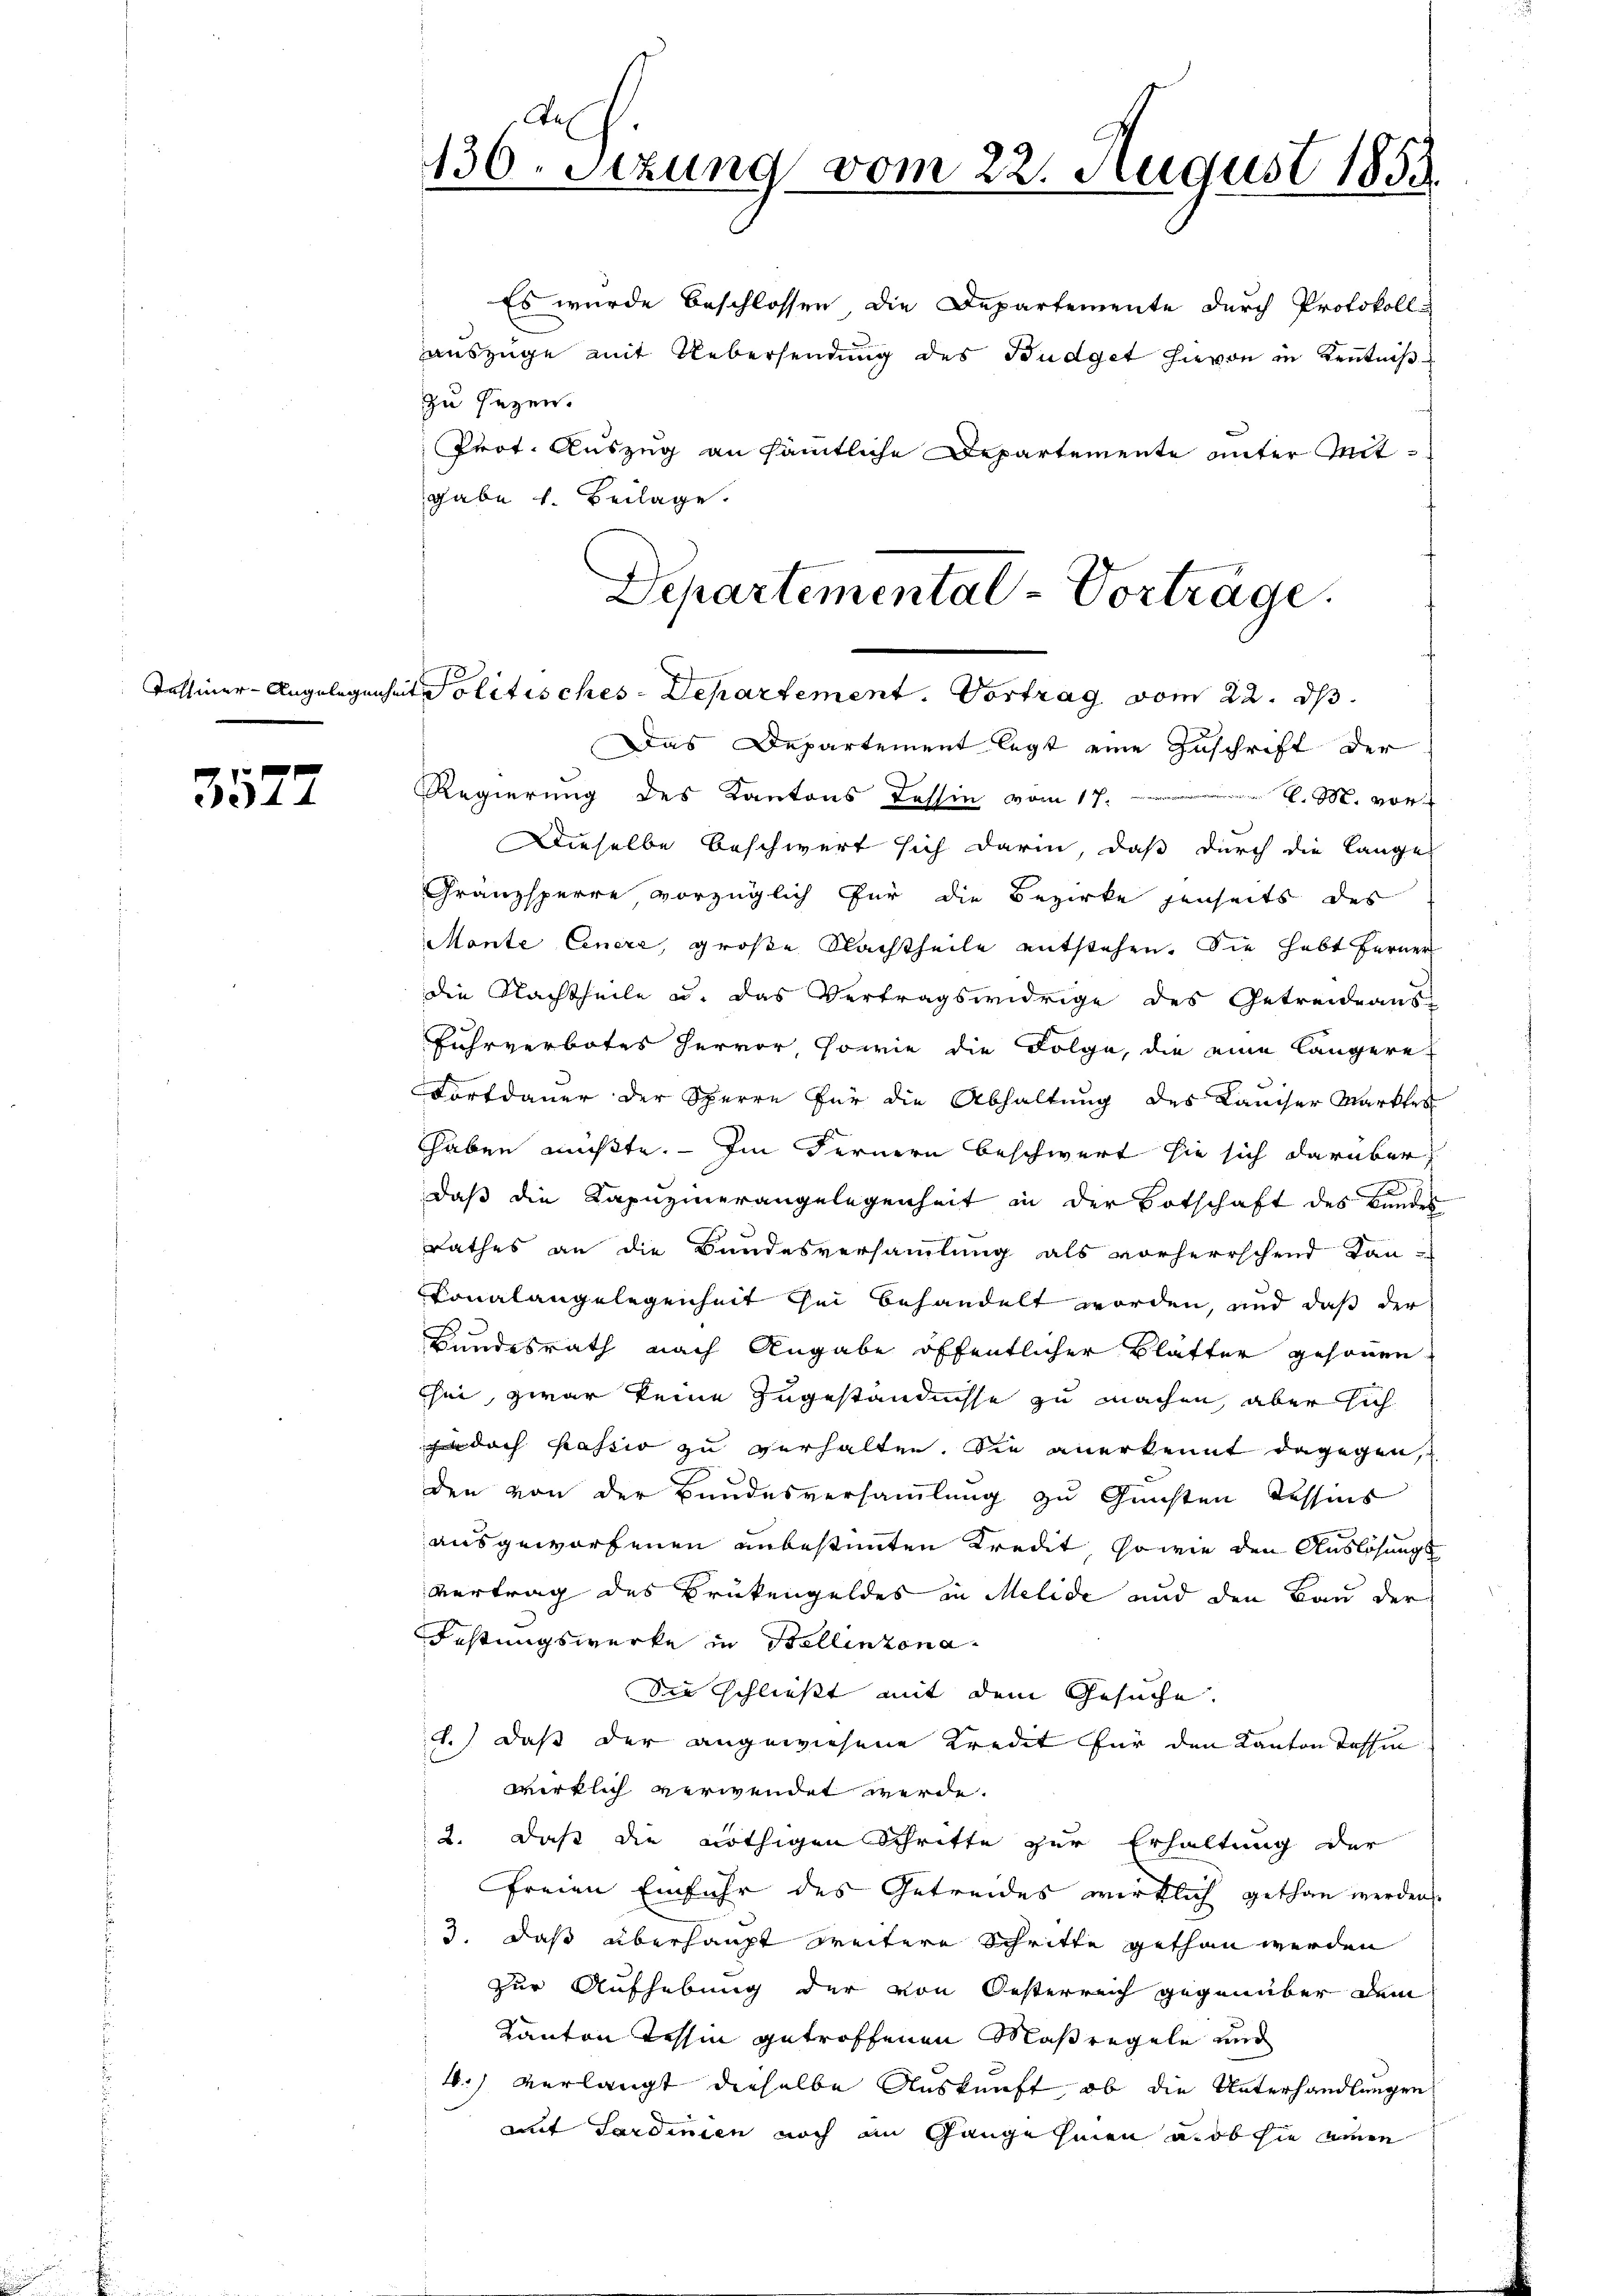
Talhier-Angelege

3577

zu sezen.
Prot. Auszug an sämtliche Departemente unter Mit-
gabe 1. Beilage.

Aex
136. Sizung vom 22. August 1853.

Departemental-Vorträge.
chet Politisches-Departement. Vortrag vom 22. ds.

Das Departement legt eine Zuschrift der
Regierung des Kantons Tessin vom 17. M. M. vor
Dieselbe beschwert sich darin, daß durch die lange
Granzsperre vorzüglich für die Bezirke jenseits des
Monte Einere, große Nachtheile entstehen. Sie habt ferner
die Nachtheile u. das Vertragswidrige des Getreideaus
Fuhrverbotes hervor sowie die Folge, die eine längere
Fortdauer der Sperre für die Abhaltung des Lander Marktre
haben mußte. — Im Fernern beschwert sie sich darüber
daß die Kapuzinerangelegenheit in der Botschaft des Bundes
Rathes an die Bundesversammlung als vorherrschend Kan-
onalangelegenheit sei behandelt worden, und daß der
Bundesrath nach Angabe öffentlicher Blatter gesonnen
tei, zwar keine zugeständnisse zu machen, aber sich
 doch Passio zu verhalten. Die anerkennt dagegen,
den von der Bundesversammlung zu Gunsten Tessins
ausgeworfenen unbestimmten Kredit, sowie den Auslösungs
vertrag des Brükengeldes in Melide und den Bau der
Festungswerke in Stellinzona.
Die schließt mit dem Gesuche.
1.) daß der angewiesene Kredit für den Kanton Tessin
wirklich verwendet werde.
2. daß die nöthigen Schritte zur Erhaltung der
freien Einfuhr des Getreides wirklich gethan werden
3. daß überhaupt breitere Schritte gethan werden
zur Aufhebung der von Oesterreich gegenüber dem
Kanton Tessin getroffenen Maßregeln und
4.) Verlangt dieselbe Auskunft, ob die Unterhandlungen
auf Sardinien noch im Gange hinen ab sie einen

Es wurde beschlossen die Departemente durch Protokoll
auszüge mit Uebersendung des Budget hievon in Kenntniß